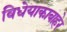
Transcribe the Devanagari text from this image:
विधेयाकाबाहेर